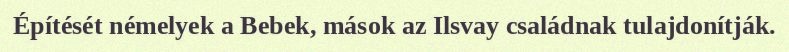
Építését némelyek a Bebek, mások az Ilsvay családnak tulajdonítják.